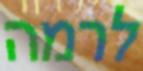
לרמה